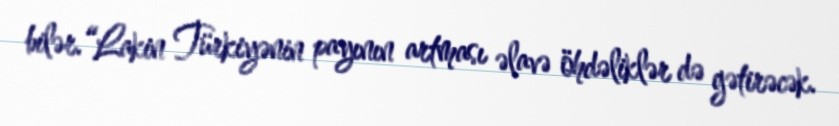
bilər.“Lakin Türkiyənin payının artması əlavə öhdəliklər də gətirəcək.